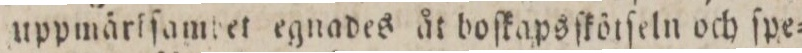
uppmärlfamtet egnades åt boſkaps ſkölſeln och ſpe=